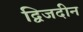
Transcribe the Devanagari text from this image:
द्विजदीन